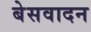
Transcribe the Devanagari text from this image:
बेसवादन